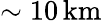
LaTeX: \sim 10\, \mathrm{km}